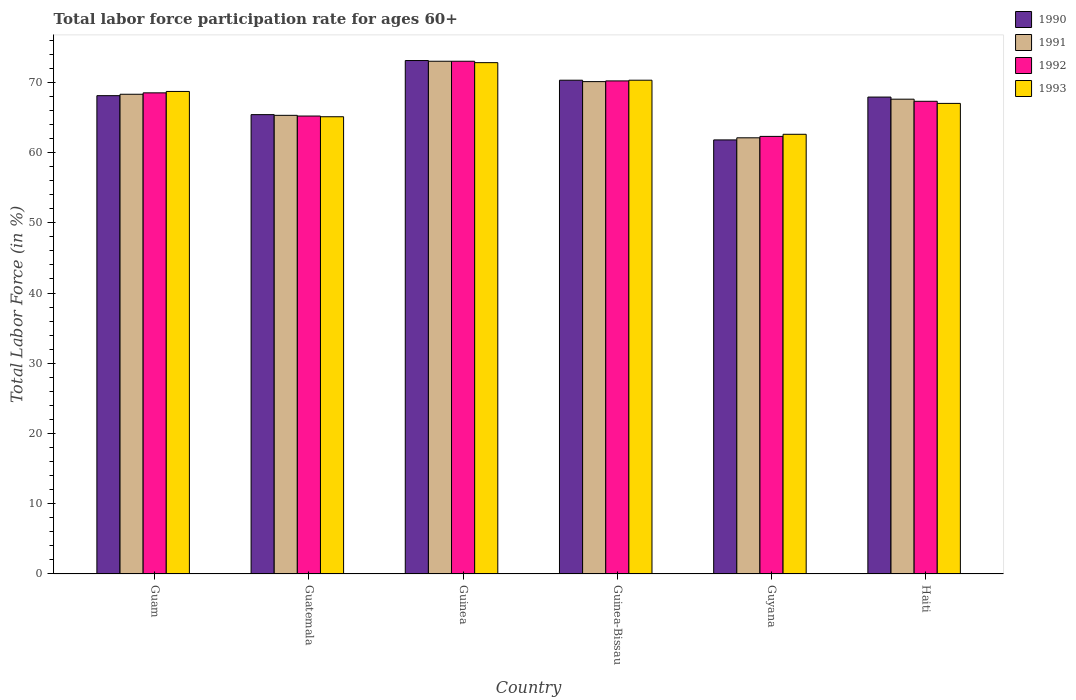
| Country | 1990 | 1991 | 1992 | 1993 |
 | --- | --- | --- | --- | --- |
 | Guam | 68.1 | 68.3 | 68.5 | 68.7 |
 | Guatemala | 65.4 | 65.3 | 65.2 | 65.1 |
 | Guinea | 73.1 | 73 | 73 | 72.8 |
 | Guinea-Bissau | 70.3 | 70.1 | 70.2 | 70.3 |
 | Guyana | 61.8 | 62.1 | 62.3 | 62.6 |
 | Haiti | 67.9 | 67.6 | 67.3 | 67 |